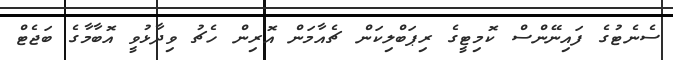
ސެނެޓުގެ ފައިނޭންސް ކޮމިޓީގެ ރިޕަބްލިކަަން ޗެއާމަން އޮރިން ހެޗު ވިދާޅުވީ އޮބާމާގެ ބަޖެޓް